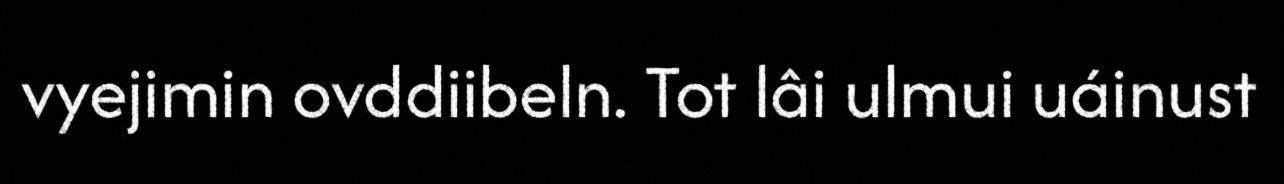
vyejimin ovddiibeln. Tot lâi ulmui uáinust